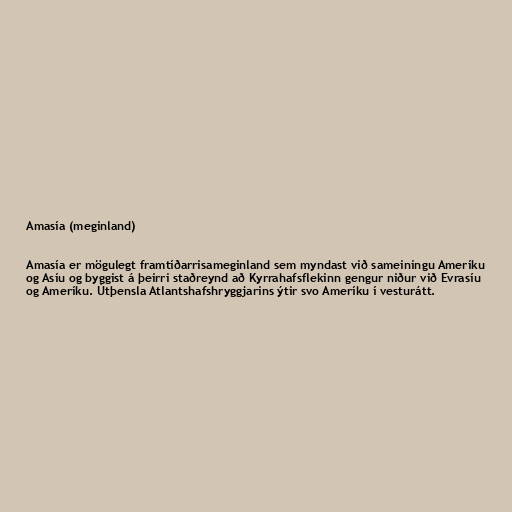
Amasía (meginland)

Amasía er mögulegt framtíðarrisameginland sem myndast við sameiningu Ameríku
og Asíu og byggist á þeirri staðreynd að Kyrrahafsflekinn gengur niður við Evrasíu
og Ameríku. Útþensla Atlantshafshryggjarins ýtir svo Ameríku í vesturátt.